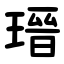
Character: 瑨